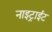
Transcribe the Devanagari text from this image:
नाइट्राईट